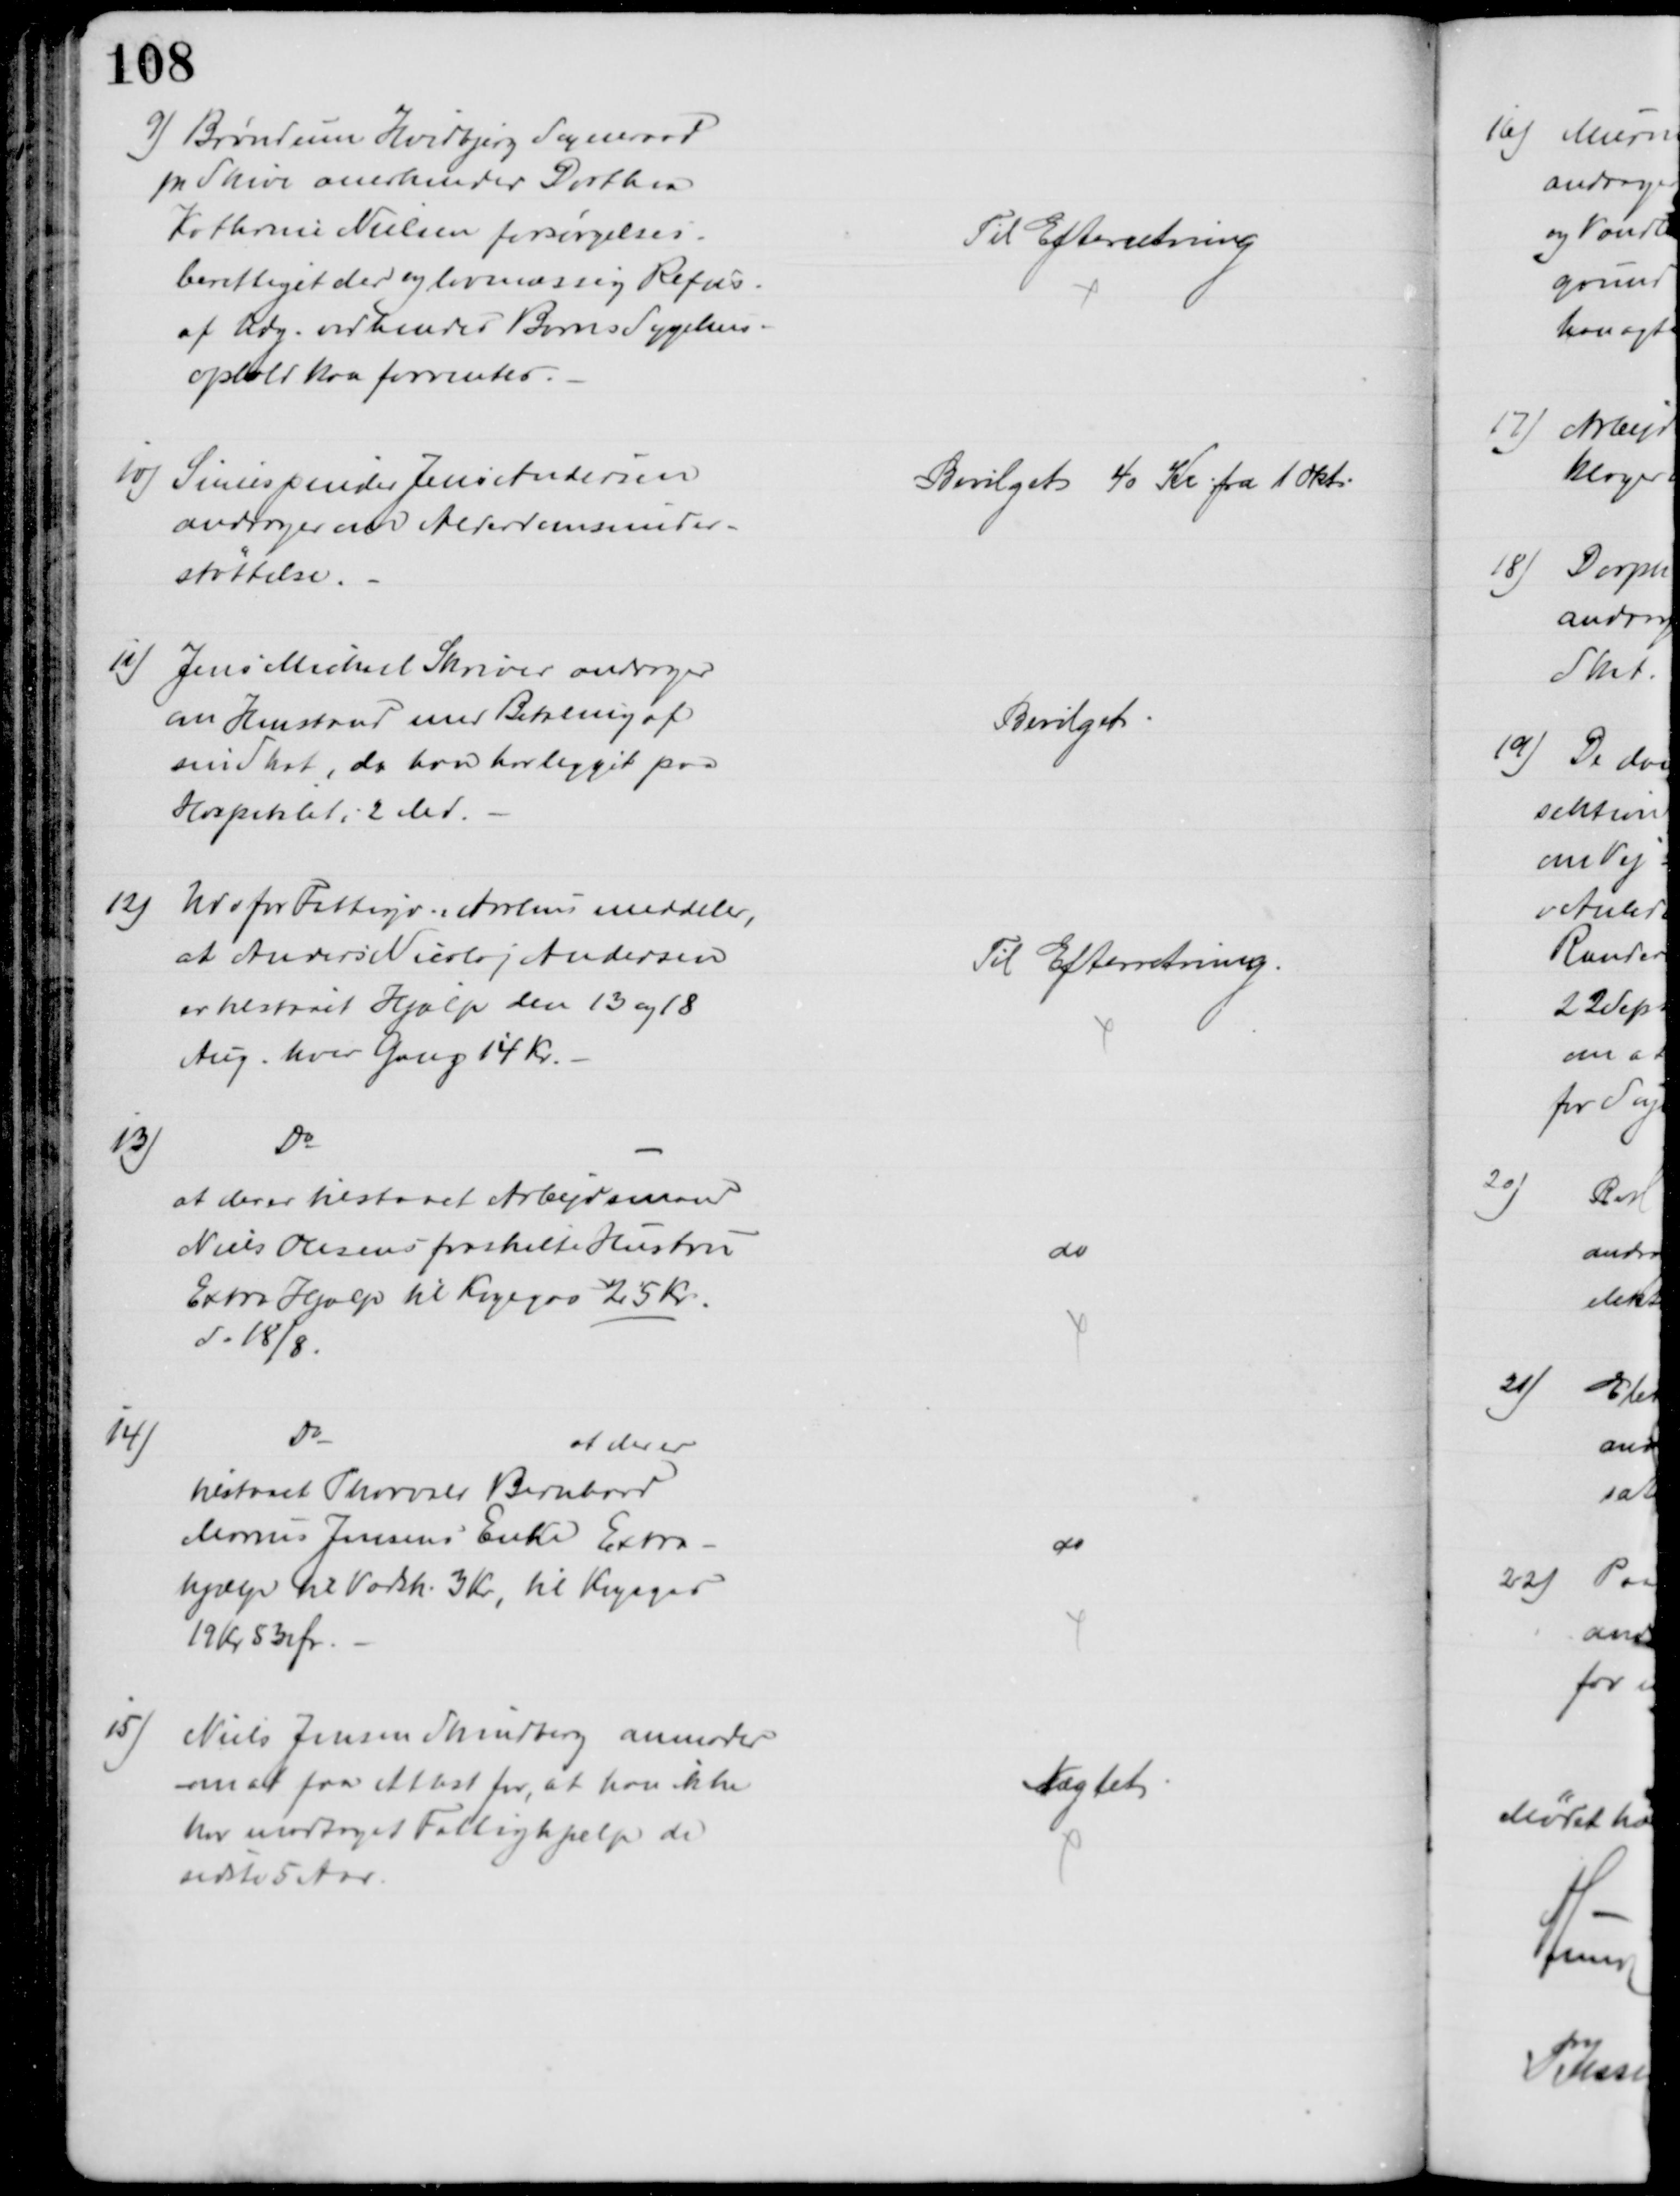
Transskription:
9) Brøndum Hvidbjerg Sogneraad
pr Skive anerkender Dorthea
Kathrine Nielsen forsørgelses-
berettiget der og lovmæssig Refus.
af Udg. ved hendes Børns Sygehus-
ophold kan forventes.
Til Efterretning
10) Simespinder Jens Andersen
andrager om Alderdomsunder-
støttelse.
Bevilget 40 Kr fra 1 Okt
11) Jens Michael Skriver andrager 
om Henstand med Betaling af
sin Skat, da han har ligget paa
Hospitalet i 2 Md.
Bevilget
12) Udv for Fattigv. i Aarhus ,
at Anders Nicolaj Andersen
er tilstaaet Hjælp den 13 og 18
Aug. hver Gang 14 Kr.
Til Efterretning.
13)
Do
at der er tilstaaet Arbejdsmand
Niels Olesens fraskilte Hustru
Extra Hjælp til Kogegas 25 Kr.
d. 18/8.
do
14)
Do
at der er
tilstaaet Thorvald Bernhard
Marius Jensens Enke Extra-
hjælp til Vadsk. 3 Kr, til Kogegas
19 Kr 53 Ør
do
15)
Niels Jensen Skindberg anmoder
om at faa Attest for, at han ikke
har modtaget Fattighjælp de
sidste 5 Aar.
Nægtet